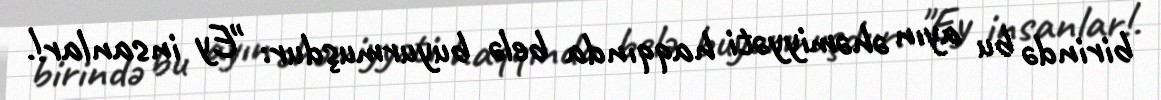
birində bu ayın əhəmiyyəti haqqında belə buyurmuşdur: "Ey insanlar!.